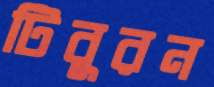
টিবুরন